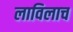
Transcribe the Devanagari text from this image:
लाविलाच